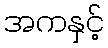
အကနှင့်